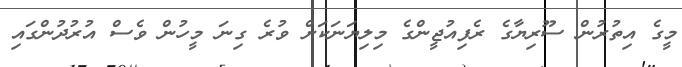
މީގެ އިތުރުން ސޫރިޔާގެ ރެފިއުޖީންގެ މިލިޔަނަކަށް ވުރެ ގިނަ މީހުން ވެސް އުރުދުންގައި